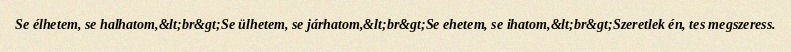
Se élhetem, se halhatom,&lt;br&gt;Se ülhetem, se járhatom,&lt;br&gt;Se ehetem, se ihatom,&lt;br&gt;Szeretlek én, tes megszeress.